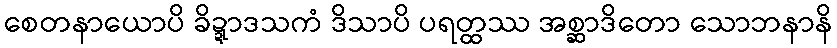
စေတနာယောပိ ခိဍ္ဍာဒသကံ ဒိသာပိ ပရတ္ထဿ အစ္ဆာဒိတော သောဘနာနိ